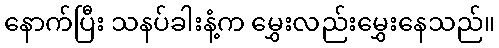
နောက်ပြီး သနပ်ခါးနံ့က မွှေးလည်းမွှေးနေသည်။